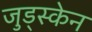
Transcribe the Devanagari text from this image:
जुड्स्केन